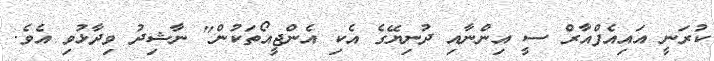
ކުރަނީ އައިއެފްއާރް ސީ އިންނާއި ދުނިޔޭގެ އެކި އެންޖީއޯތަކުން" ނާޝިދު ވިދާޅުވި އެވެ.